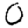
Digit: 0